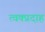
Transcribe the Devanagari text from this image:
त्वक्प्रदाह